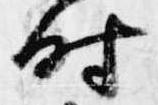
時